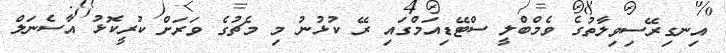
އިނގިރޭސިވިލާތުގެ ވެމްބްލީ ސްޓޭޑިއަމްގައި ރޭ ކުޅުނު މި މެޗުގެ ވަރަށް ކުރީކޮޅު އާސެނަލް